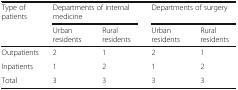
| <ROWSPAN=2> Type of patients | <COLSPAN=2> Departments of internal medicine | <COLSPAN=2> Departments of surgery |
 | Urban residents | Rural residents | Urban residents | Rural residents |
 | --- | --- | --- | --- | --- |
 | Outpatients | 2 | 1 | 2 | 1 |
 | Inpatients | 1 | 2 | 1 | 2 |
 | Total | 3 | 3 | 3 | 3 |